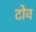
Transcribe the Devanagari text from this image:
टोव